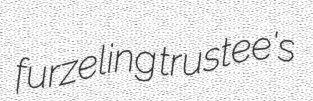
furzeling trustee's